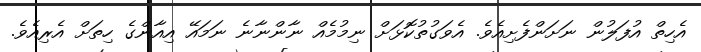
އެހިތް އުފަލުން ނަށަންފެށިއެވެ. އެވަގުތުކޮޅަށް ނިމުމެއް ނާންނާނެ ނަމައޭ އިއާންގެ ހިތަށް އެރިއެވެ.